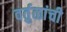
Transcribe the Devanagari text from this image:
वर्तुळांची